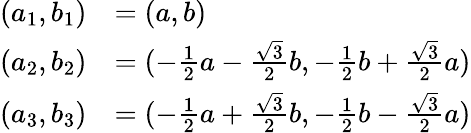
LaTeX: \begin{array}{rl}{(a_{1},b_{1})}&{=(a,b)}\\ {(a_{2},b_{2})}&{=(-\frac{1}{2}a-\frac{\sqrt{3}}{2}b,-\frac{1}{2}b+\frac{\sqrt{3}}{2}a)}\\ {(a_{3},b_{3})}&{=(-\frac{1}{2}a+\frac{\sqrt{3}}{2}b,-\frac{1}{2}b-\frac{\sqrt{3}}{2}a)}\end{array}